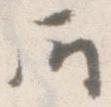
所